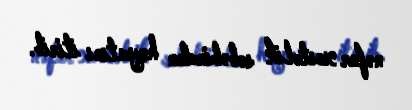
nəfər xəstəlik səbəbindən həyatını itirib.